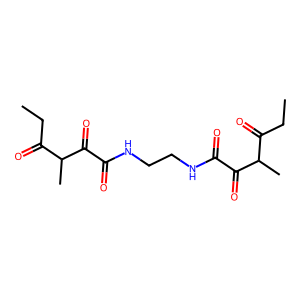
SMILES: CCC(=O)C(C)C(=O)C(=O)NCCNC(=O)C(=O)C(C)C(=O)CC
Inhibits HIV replication: No